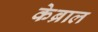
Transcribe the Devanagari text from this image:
केब्राल